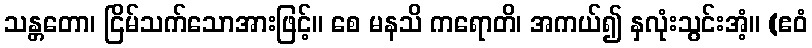
သန္တတော၊ ငြိမ်သက်သောအားဖြင့်။ စေ မနသိ ကရောတိ၊ အကယ်၍ နှလုံးသွင်းအံ့။ (ဧဝံ